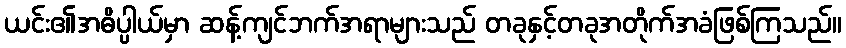
ယင်း၏အဓိပ္ပါယ်မှာ ဆန့်ကျင်ဘက်အရာများသည် တခုနှင့်တခုအတိုက်အခံဖြစ်ကြသည်။